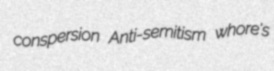
conspersion Anti-semitism whore's